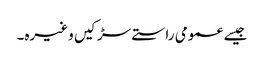
جیسے عمومی راستے سڑکیں وغیرہ۔